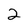
Character: 2